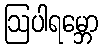
ဩပါရမ္ဘော